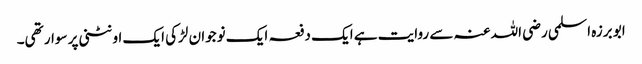
ابو برزہ اسلمی رضی اللہ عنہ سے روایت ہے ایک دفعہ ایک نوجوان لڑکی ایک اونٹنی پر سوار تھی۔